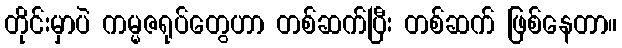
တိုင်းမှာပဲ ကမ္မဇရုပ်တွေဟာ တစ်ဆက်ပြီး တစ်ဆက် ဖြစ်နေတာ။